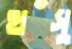
হাঁসু